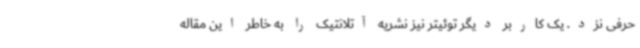
حرفی نزد. یک کاربر دیگر توئیتر نیز نشریه آتلانتیک را به خاطر این مقاله